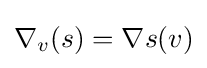
\nabla _{v}(s)=\nabla s(v)